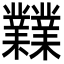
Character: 𪴨